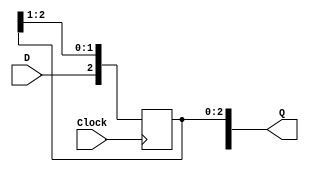
module RTLcount4bit(D,Clock, Q);
input D,Clock;
output reg [0:3]Q;

always@(posedge Clock)
begin
	Q[1]<=D;
	Q[2]<=Q[1];
	Q[3]<=Q[2];
	Q[4]<=Q[3];
end

endmodule